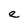
Character: e